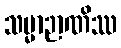
သမ္မာဉာဏိဿ